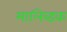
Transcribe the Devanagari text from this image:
मालिब्डक